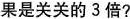
果是关关的3倍?